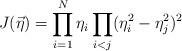
LaTeX: \begin{align*}J(\vec{\eta } ) = \prod_{i=1}^{N} \eta_{i} \prod_{i<j} (\eta_{i}^{2}-\eta_{j}^{2} )^2\end{align*}